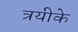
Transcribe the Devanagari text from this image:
त्रयीके